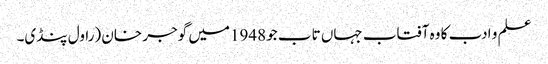
علم و ادب کا وہ آفتاب جہاں تاب جو 1948میں گوجر خان (راول پنڈی۔